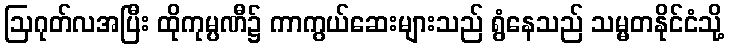
ဩဂုတ်လအပြီး ထိုကုမ္ပဏီ၌ ကာကွယ်ဆေးများသည် ရွံနေသည် သမ္မတနိုင်ငံသို့